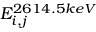
E _ { i , j } ^ { 2 6 1 4 . 5 k e V }